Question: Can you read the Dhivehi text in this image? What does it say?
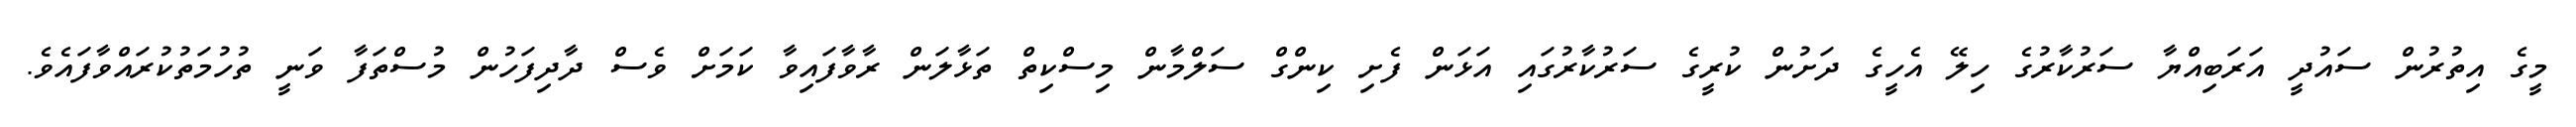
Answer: މީގެ އިތުރުން ސައުދީ އަރަބިއްޔާ ސަރުކާރުގެ ހިލޭ އެހީގެ ދަށުން ކުރީގެ ސަރުކާރުގައި އަޅަން ފެށި ކިންގް ސަލްމާން މިސްކިތް ތަޅާލަން ރާވާފައިވާ ކަމަށް ވެސް ދާދިފަހުން މުސްތަފާ ވަނީ ތުހުމަތުކުރައްވާފައެވެ.